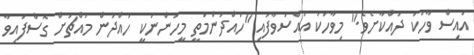
އައިސް ވާހަކަ ދައްކާށެވެ." މިވާހަކަ އައްސަވާފައި "ހައްދުންމަތީ މީހުންނަކީ ހައްދުން މައްޗަށް ގޮސްފައިވާ